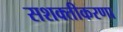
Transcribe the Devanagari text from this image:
सशक्तीकरणा